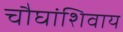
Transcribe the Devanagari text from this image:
चौघांशिवाय